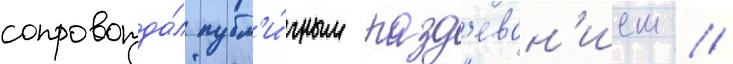
сопровожда́л публ'и́чным разд'еван'ием //